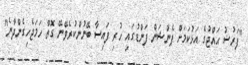
"ފަރުޟު ޙައްޖުގެ އަޅުކަމަށް ޕެންޝަން ފަންޑުގައި ހުރި ފައިސާ ބޭނުންކުރެވޭނޭ ގޮތް ހަމަޖެހިގެންދާނެ"